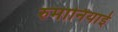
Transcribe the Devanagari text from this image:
रुमानियाई